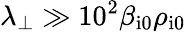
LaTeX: \lambda_{\perp}\gg 10^{2}\beta_{\mathrm{i0}}\rho_{\mathrm{i0}}